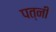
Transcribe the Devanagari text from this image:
पत्नीं